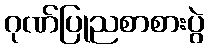
ဂုဏ်ပြုညစာစားပွဲ